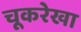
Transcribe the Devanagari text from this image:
चूकरेखा